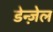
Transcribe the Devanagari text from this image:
डेन्ज़ेल